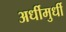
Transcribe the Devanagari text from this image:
अर्धीमुर्धी